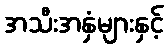
အသီးအနှံများနှင့်